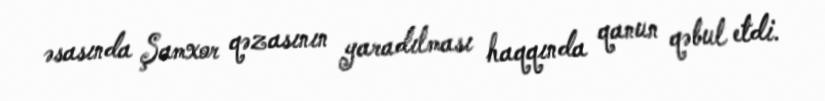
əsasında Şamxor qəzasının yaradılması haqqında qanun qəbul etdi.